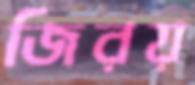
জিরয়